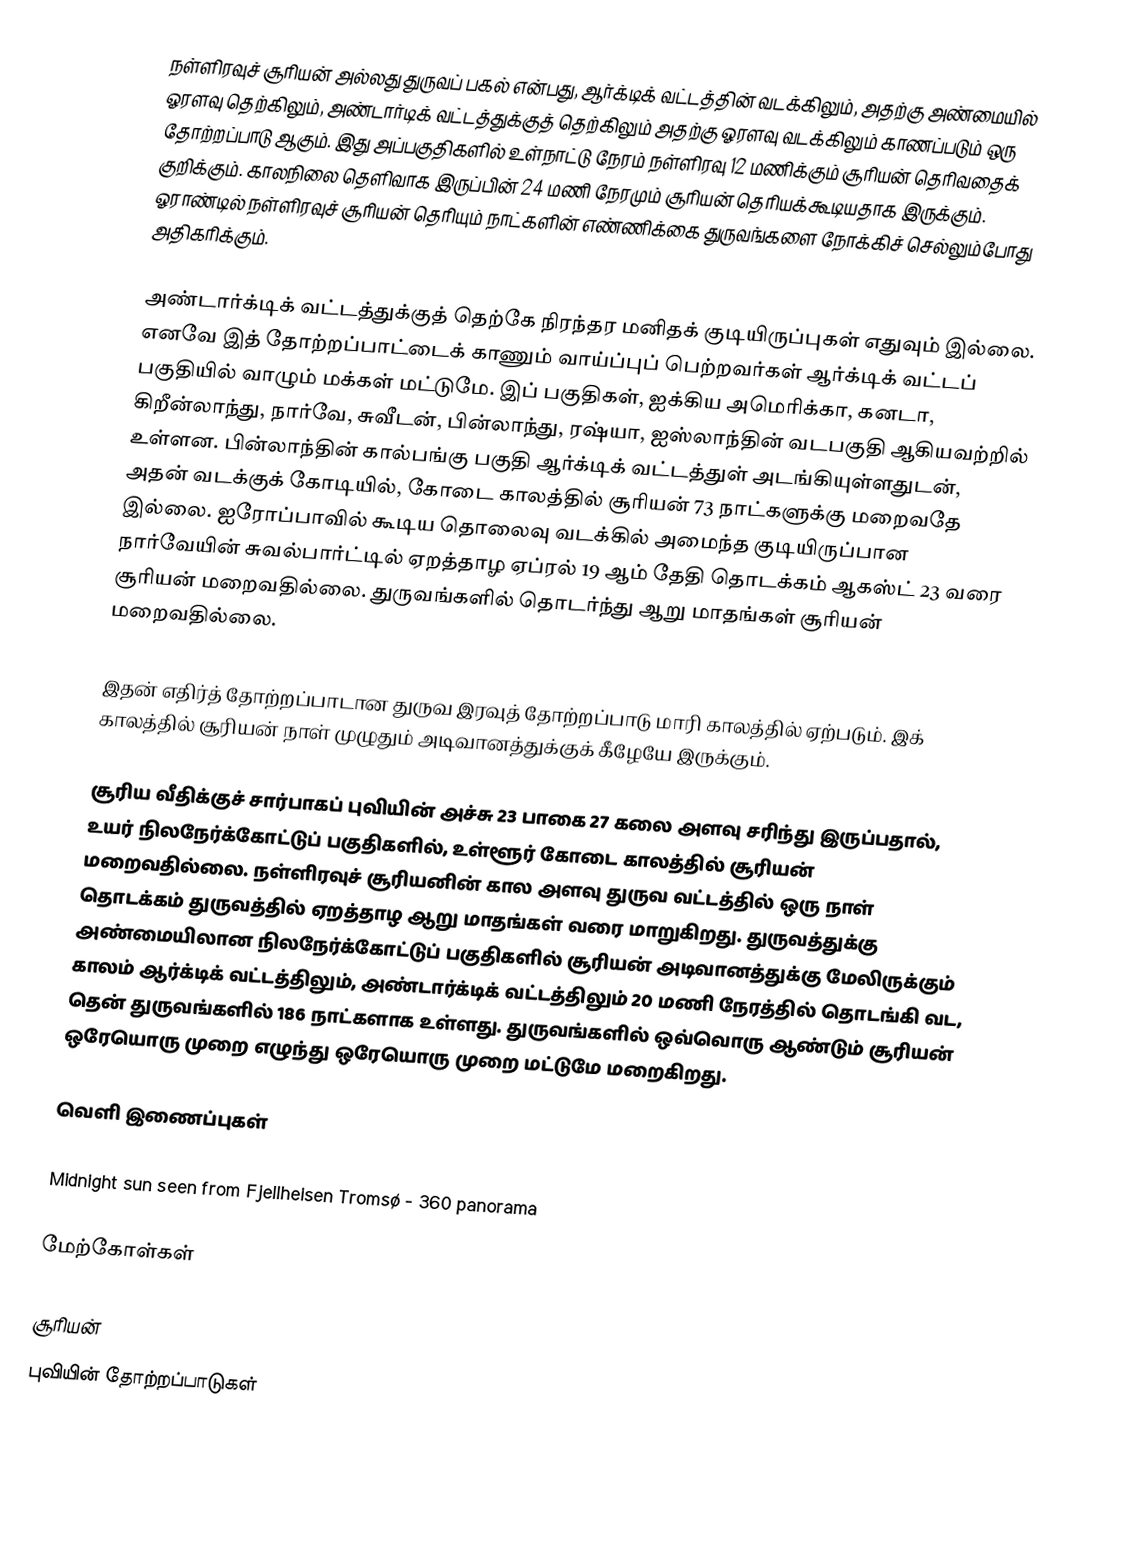
நள்ளிரவுச் சூரியன் அல்லது துருவப் பகல் என்பது, ஆர்க்டிக் வட்டத்தின் வடக்கிலும், அதற்கு அண்மையில் ஓரளவு தெற்கிலும், அண்டார்டிக் வட்டத்துக்குத் தெற்கிலும் அதற்கு ஓரளவு வடக்கிலும் காணப்படும் ஒரு தோற்றப்பாடு ஆகும். இது அப்பகுதிகளில் உள்நாட்டு நேரம் நள்ளிரவு 12 மணிக்கும் சூரியன் தெரிவதைக் குறிக்கும். காலநிலை தெளிவாக இருப்பின் 24 மணி நேரமும் சூரியன் தெரியக்கூடியதாக இருக்கும். ஓராண்டில் நள்ளிரவுச் சூரியன் தெரியும் நாட்களின் எண்ணிக்கை துருவங்களை நோக்கிச் செல்லும்போது அதிகரிக்கும்.

அண்டார்க்டிக் வட்டத்துக்குத் தெற்கே நிரந்தர மனிதக் குடியிருப்புகள் எதுவும் இல்லை. எனவே இத் தோற்றப்பாட்டைக் காணும் வாய்ப்புப் பெற்றவர்கள் ஆர்க்டிக் வட்டப் பகுதியில் வாழும் மக்கள் மட்டுமே. இப் பகுதிகள், ஐக்கிய அமெரிக்கா, கனடா, கிறீன்லாந்து, நார்வே, சுவீடன், பின்லாந்து, ரஷ்யா, ஐஸ்லாந்தின் வடபகுதி ஆகியவற்றில் உள்ளன. பின்லாந்தின் கால்பங்கு பகுதி ஆர்க்டிக் வட்டத்துள் அடங்கியுள்ளதுடன், அதன் வடக்குக் கோடியில், கோடை காலத்தில் சூரியன் 73 நாட்களுக்கு மறைவதே இல்லை. ஐரோப்பாவில் கூடிய தொலைவு வடக்கில் அமைந்த குடியிருப்பான நார்வேயின் சுவல்பார்ட்டில் ஏறத்தாழ ஏப்ரல் 19 ஆம் தேதி தொடக்கம் ஆகஸ்ட் 23 வரை சூரியன் மறைவதில்லை. துருவங்களில் தொடர்ந்து ஆறு மாதங்கள் சூரியன் மறைவதில்லை.

இதன் எதிர்த் தோற்றப்பாடான துருவ இரவுத் தோற்றப்பாடு மாரி காலத்தில் ஏற்படும். இக் காலத்தில் சூரியன் நாள் முழுதும் அடிவானத்துக்குக் கீழேயே இருக்கும்.

சூரிய வீதிக்குச் சார்பாகப் புவியின் அச்சு 23 பாகை 27 கலை அளவு சரிந்து இருப்பதால், உயர் நிலநேர்க்கோட்டுப் பகுதிகளில், உள்ளூர் கோடை காலத்தில் சூரியன் மறைவதில்லை. நள்ளிரவுச் சூரியனின் கால அளவு துருவ வட்டத்தில் ஒரு நாள் தொடக்கம் துருவத்தில் ஏறத்தாழ ஆறு மாதங்கள் வரை மாறுகிறது. துருவத்துக்கு அண்மையிலான நிலநேர்க்கோட்டுப் பகுதிகளில் சூரியன் அடிவானத்துக்கு மேலிருக்கும் காலம் ஆர்க்டிக் வட்டத்திலும், அண்டார்க்டிக் வட்டத்திலும் 20 மணி நேரத்தில் தொடங்கி வட, தென் துருவங்களில் 186 நாட்களாக உள்ளது. துருவங்களில் ஒவ்வொரு ஆண்டும் சூரியன் ஒரேயொரு முறை எழுந்து ஒரேயொரு முறை மட்டுமே மறைகிறது.

வெளி இணைப்புகள்

 Midnight sun seen from Fjellheisen Tromsø - 360 panorama

மேற்கோள்கள்

சூரியன்
புவியின் தோற்றப்பாடுகள்